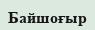
Байшоғыр